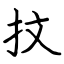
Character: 抆